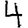
Digit: 4